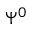
\Psi ^ { 0 }